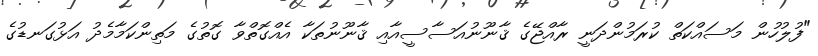
"ފުލުހުން މަސައްކަތް ކުރަމުންދަނީ ރާއްޖޭގެ ޤާނޫނުއަސާސީއާއި ޤާނޫނުތަކާ އެއްގޮތްވާ ގޮތުގެ މަތިންކަމާމެދު އަޅުގަނޑުގެ